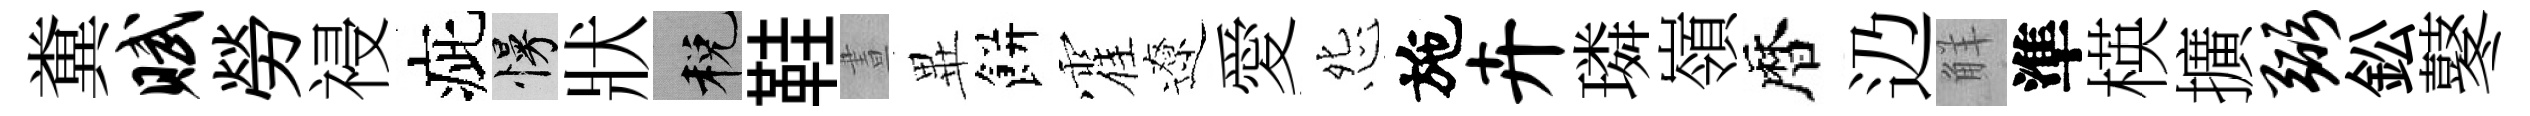
糞赋勞祲疵慢狀税鞋晝𭺾餅霍遼愛怨施卉璘嶺暦辸觧準楧擴弼鈆鼕